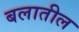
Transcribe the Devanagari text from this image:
बलातील